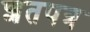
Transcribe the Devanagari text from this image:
शतपत्र